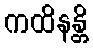
ကထိနန္တိ